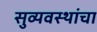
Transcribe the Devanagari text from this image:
सुव्यवस्थांचा